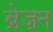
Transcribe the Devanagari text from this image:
ब्रेज़न